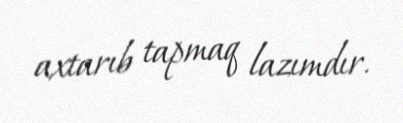
axtarıb tapmaq lazımdır.